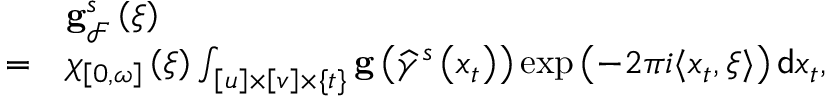
\begin{array} { r l } & { \mathbf { g } _ { \mathcal { F } } ^ { s } \left( \xi \right) } \\ { = } & { \chi _ { \left[ 0 , \omega \right] } \left( \xi \right) \int _ { \left[ u \right] \times \left[ v \right] \times \{ t \} } \mathbf { g } \left( \widehat { \gamma } ^ { s } \left( x _ { t } \right) \right) \exp \left( - 2 \pi i \langle x _ { t } , \xi \rangle \right) \mathsf { d } x _ { t } , } \end{array}